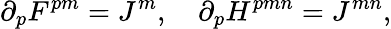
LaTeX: \partial_{p}F^{pm}=J^{m},\quad\partial_{p}H^{pmn}=J^{mn},